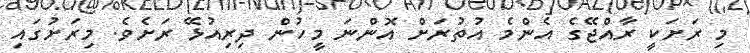
މި ރަށަކީ ރާއްޖޭގެ އެންމެ އުތުރަށް އޮންނަ މީހުން ދިރިއުޅޭ ރަށެވެ. މިރަށުގައި